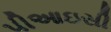
પીઆઇસી